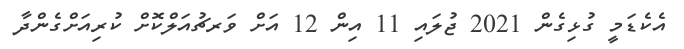
އެކެޑަމީ ގުޅިގެން 2021 ޖުލައި 11 އިން 12 އަށް ވަރޗުއަލްކޮށް ކުރިއަށްގެންދާ